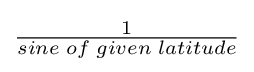
{\begin{matrix}{\frac {1}{sine\;of\;given\;latitude}}\end{matrix}}